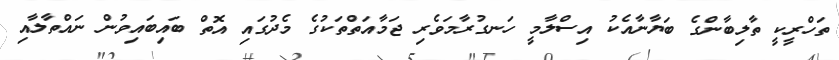
ތަހްރީކީ ތާލިބާންގެ ބަޔާނާއެކު އިސްލާމީ ހަނގުރާމަވެރި ޖަމާއަތްތަކުގެ މެދުގައި އޮތް ބައިބައިވުން ނައްތާލާއި